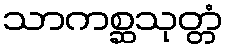
သာကစ္ဆသုတ္တံ